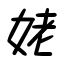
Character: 姥